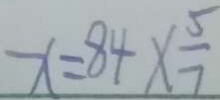
x = 8 4 \times \frac { 5 } { 7 }